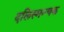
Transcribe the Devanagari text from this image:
दलिस्मन्चक